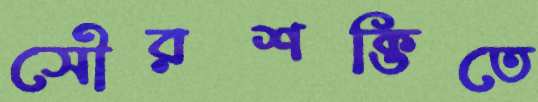
সৌরশক্তিতে